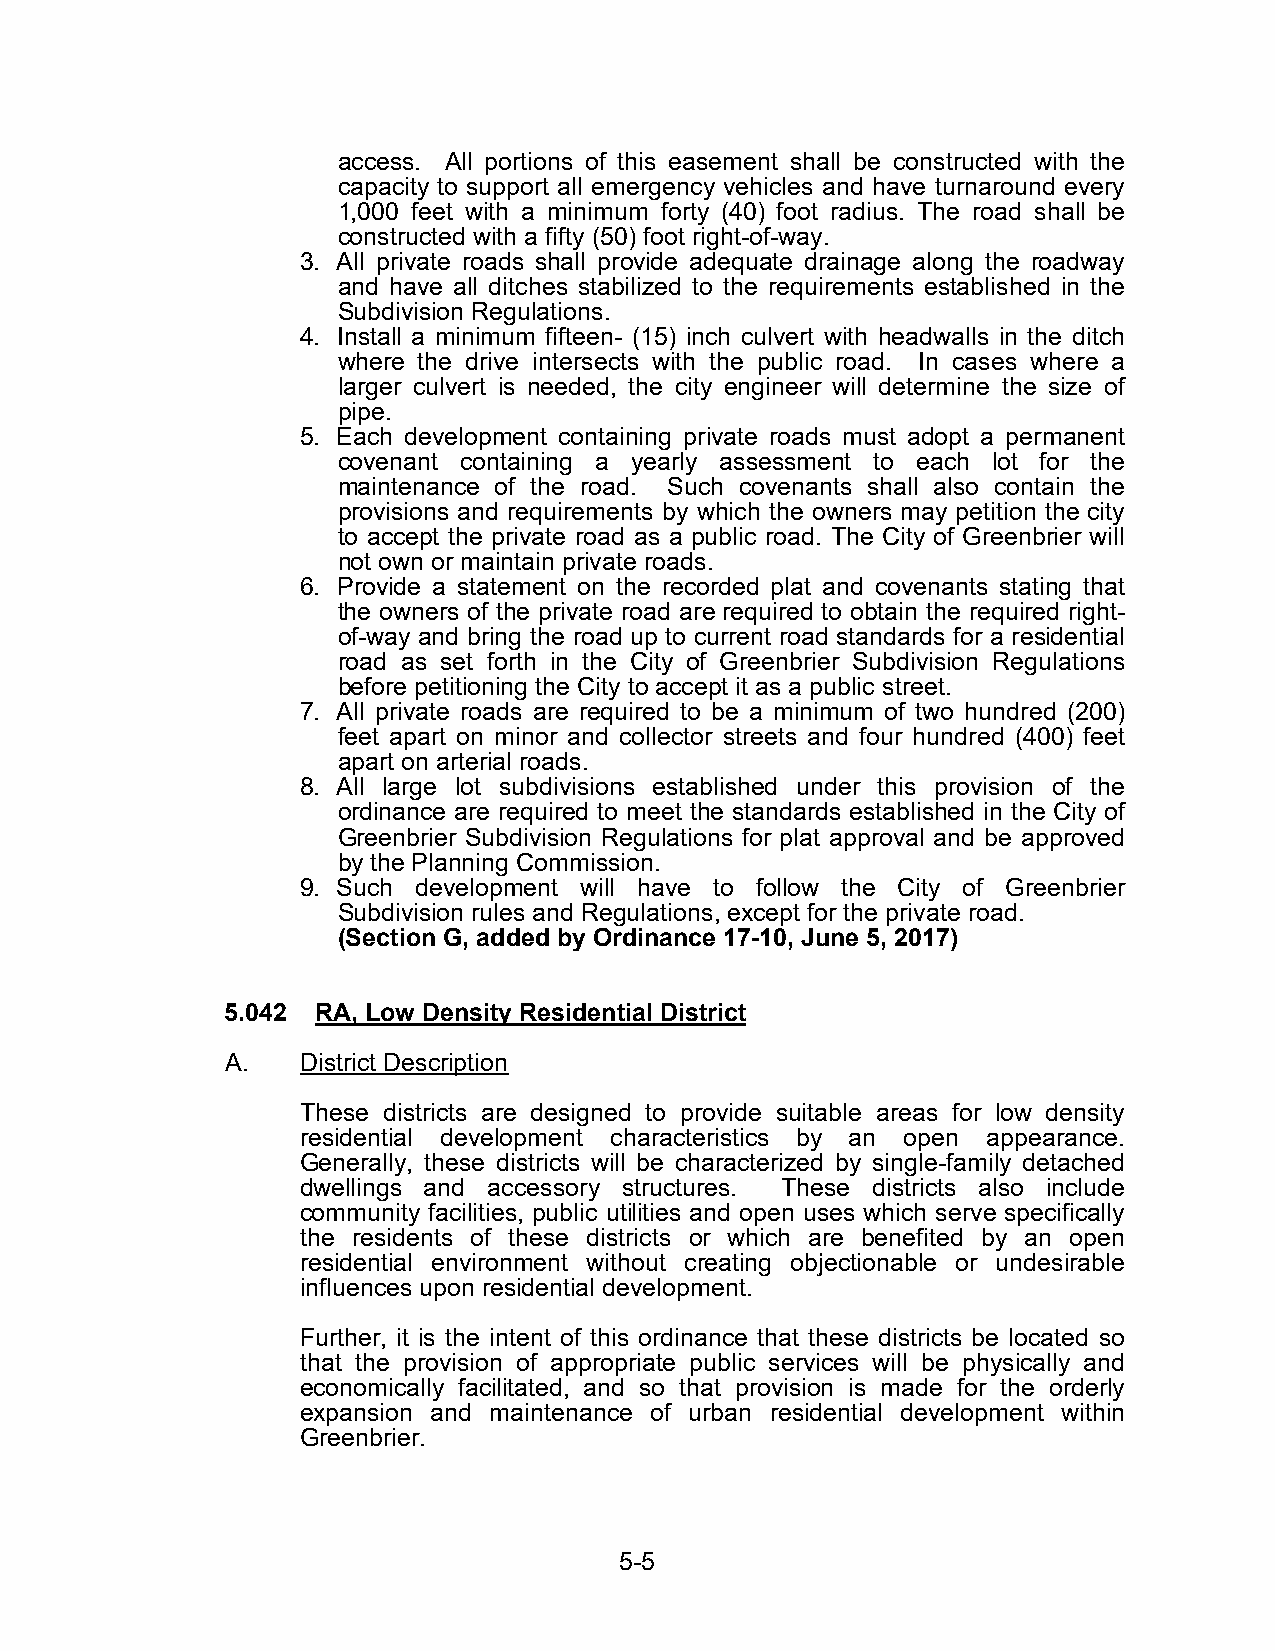
access. All portions of this easement shall be constructed with the
 capacity to support all emergency vehicles and have turnaround every
 1,000 feet with a minimum forty (40) foot radius. The road shall be
 constructed with a fifty (50) foot right-of-way.
 3. All private roads shall provide adequate drainage along the roadway
 and have all ditches stabilized to the requirements established in the
 Subdivision Regulations.
 4. Install a minimum fifteen- (15) inch culvert with headwalls in the ditch
 where the drive intersects with the public road. In cases where a
 larger culvert is needed, the city engineer will determine the size of
 pipe.
 5. Each development containing private roads must adopt a permanent
 covenant containing a yearly assessment to each lot for the
 maintenance of the road. Such covenants shall also contain the
 provisions and requirements by which the owners may petition the city
 to accept the private road as a public road. The City of Greenbrier will
 not own or maintain private roads.
 6. Provide a statement on the recorded plat and covenants stating that
 the owners of the private road are required to obtain the required right-
 of-way and bring the road up to current road standards for a residential
 road as set forth in the City of Greenbrier Subdivision Regulations
 before petitioning the City to accept it as a public street.
 7. All private roads are required to be a minimum of two hundred (200)
 feet apart on minor and collector streets and four hundred (400) feet
 apart on arterial roads.
 8. All large lot subdivisions established under this provision of the
 ordinance are required to meet the standards established in the City of
 Greenbrier Subdivision Regulations for plat approval and be approved
 by the Planning Commission.
 9. Such development will have to follow the City of Greenbrier
 Subdivision rules and Regulations, except for the private road.
 (Section G, added by Ordinance 17-10, June 5, 2017)
 5.042 RA, Low Density Residential District
 A.   District Description
 These districts are designed to provide suitable areas for low density
 residential development characteristics by an open appearance.
 Generally, these districts will be characterized by single-family detached
 dwellings and accessory structures. These districts also include
 community facilities, public utilities and open uses which serve specifically
 the residents of these districts or which are benefited by an open
 residential environment without creating objectionable or undesirable
 influences upon residential development.
 Further, it is the intent of this ordinance that these districts be located so
 that the provision of appropriate public services will be physically and
 economically facilitated, and so that provision is made for the orderly
 expansion and maintenance of urban residential development within
 Greenbrier.
 5-5